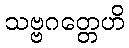
သဗ္ဗဂတ္တေဟိ